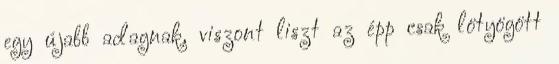
egy újabb adagnak, viszont liszt az épp csak lötyögött